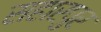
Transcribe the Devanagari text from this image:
सहारपुर